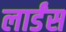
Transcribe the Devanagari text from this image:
लार्डंस